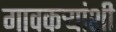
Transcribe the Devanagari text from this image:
गावकऱ्यांशी